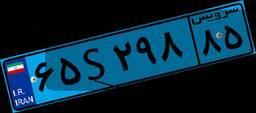
۶۸S۳۵۸۲۱